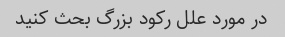
در مورد علل رکود بزرگ بحث کنید